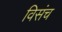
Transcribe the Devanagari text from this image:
विसंच